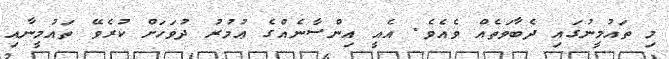
މި ތައުމީނުގައި ދެބާވަތެއް ވެއެވެ. އެއީ އިންސާނެއްގެ ޢުމުރު ދުވަހަށް ކުރެވޭ ތައުމީނާއި